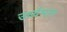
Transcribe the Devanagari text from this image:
उर्ध्वभाग